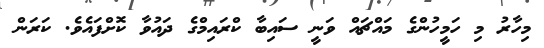
މިހާރު މި ހަމީހުންގެ މައްޗައް ވަނީ ސައިބާ ކްރައިމްގެ ދައުވާ ކޮށްފައެވެ. ކަރަން